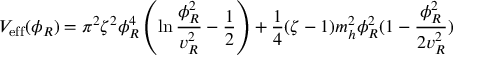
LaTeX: V _ { \mathrm { e f f } } ( \phi _ { R } ) = \pi ^ { 2 } \zeta ^ { 2 } \phi _ { R } ^ { 4 } \left( \ln { \frac { \phi _ { R } ^ { 2 } } { v _ { R } ^ { 2 } } } - { \frac { 1 } { 2 } } \right) + { \frac { 1 } { 4 } } ( \zeta - 1 ) m _ { h } ^ { 2 } \phi _ { R } ^ { 2 } ( 1 - { \frac { \phi _ { R } ^ { 2 } } { 2 v _ { R } ^ { 2 } } } )